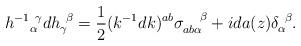
LaTeX: \begin{align*}h^{-1}{}^{~\gamma}_\alpha d h_\gamma^{~\beta}={1\over2}(k^{-1}dk)^{ab}\sigma_{ab\alpha}^{~~~\beta}+ida(z)\delta^{~\beta}_\alpha.\end{align*}